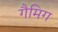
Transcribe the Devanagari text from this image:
गैमिग